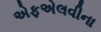
એફએલવીના